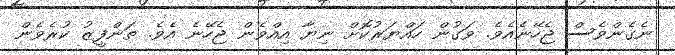
ނެގެންވެސް ޖެހޭނެއެވެ. ވަގުން ހައްޔަރުކޮށް ނިޔާ އިއްވެން ޖެހޭނެ އެވެ. ތަންފީޒު ކުރެވެން